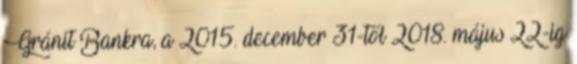
Gránit Bankra, a 2015. december 31-től 2018. május 22-ig